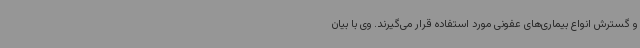
و گسترش انواع بیماری‌های عفونی مورد استفاده قرار می‌گیرند. وی با بیان